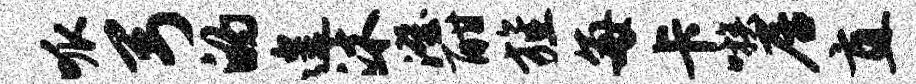
呱弓的遑沐澄酣旌每卡嗾居直